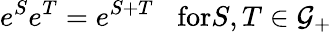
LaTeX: e^{S}e^{T}=e^{S+T}\textrm{}\; \; \; \textrm{for}S,T\in{\cal{G}}_{+}